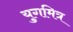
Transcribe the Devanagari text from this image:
युगमित्र